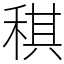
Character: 稘